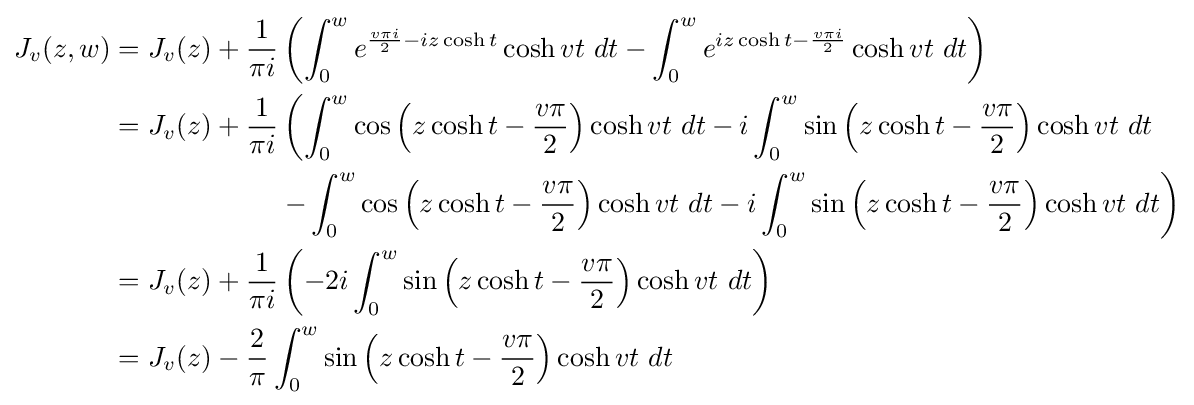
{\begin{aligned}J_{v}(z,w)&=J_{v}(z)+{\dfrac {1}{\pi i}}\left(\int _{0}^{w}e^{{\frac {v\pi i}{2}}-iz\cosh t}\cosh vt~dt-\int _{0}^{w}e^{iz\cosh t-{\frac {v\pi i}{2}}}\cosh vt~dt\right)\\&=J_{v}(z)+{\dfrac {1}{\pi i}}\left(\int _{0}^{w}\cos \left(z\cosh t-{\dfrac {v\pi }{2}}\right)\cosh vt~dt-i\int _{0}^{w}\sin \left(z\cosh t-{\dfrac {v\pi }{2}}\right)\cosh vt~dt\right.\\&\quad \quad \quad \quad \quad \quad \left.-\int _{0}^{w}\cos \left(z\cosh t-{\dfrac {v\pi }{2}}\right)\cosh vt~dt-i\int _{0}^{w}\sin \left(z\cosh t-{\dfrac {v\pi }{2}}\right)\cosh vt~dt\right)\\&=J_{v}(z)+{\dfrac {1}{\pi i}}\left(-2i\int _{0}^{w}\sin \left(z\cosh t-{\dfrac {v\pi }{2}}\right)\cosh vt~dt\right)\\&=J_{v}(z)-{\dfrac {2}{\pi }}\int _{0}^{w}\sin \left(z\cosh t-{\dfrac {v\pi }{2}}\right)\cosh vt~dt\end{aligned}}